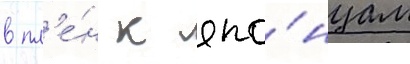
в пл'е́н к япо́нцам